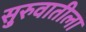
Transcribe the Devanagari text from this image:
सु्रुवातीला